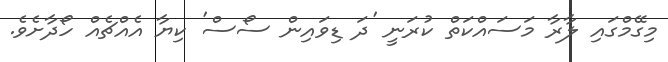
މިގޭމްގައި ލާރާ މަސައްކަތް ކުރަނީ 'ދަ ޑިވައިން ސޯސް' ކިޔާ އެއްޗެއް ހޯދާށެވެ.